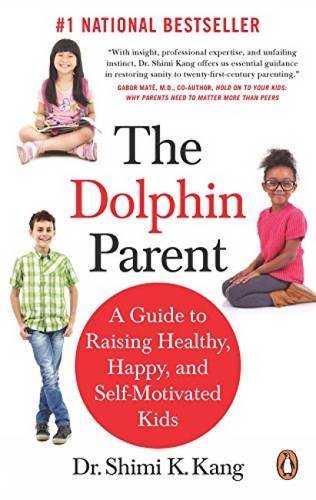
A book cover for The Dolphin Parent: A Guide to Raising Healthy, Happy, and Self-Motivated Kids; Shimi K Kang Md; Parenting & Relationships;